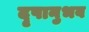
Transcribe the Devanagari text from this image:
दृषानुभव